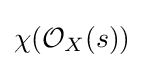
\chi ({\mathcal {O}}_{X}(s))